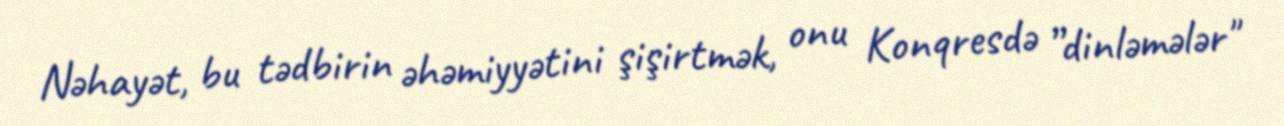
Nəhayət, bu tədbirin əhəmiyyətini şişirtmək, onu Konqresdə ”dinləmələr"